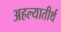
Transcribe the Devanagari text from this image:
अहल्यातीर्थ